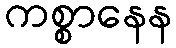
ကစ္စာနေန